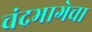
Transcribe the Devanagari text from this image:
चंद्रभागेचा